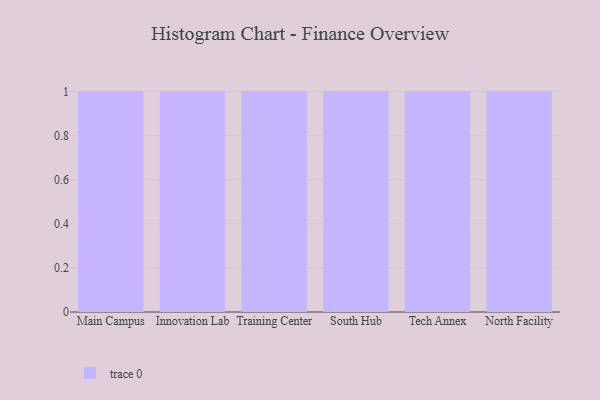
{"axis": {"x": "Campus", "y": "Tickets Resolved"}, "legend": [""], "data": [{"x": "Main Campus", "y": 26, "type": ""}, {"x": "Innovation Lab", "y": 6, "type": ""}, {"x": "Training Center", "y": 84, "type": ""}, {"x": "South Hub", "y": 48, "type": ""}, {"x": "Tech Annex", "y": 10, "type": ""}, {"x": "North Facility", "y": 29, "type": ""}]}